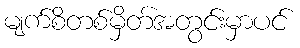
မျက်စိတစ်မှိတ်အတွင်းမှာပင်